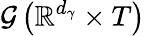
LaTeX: \mathcal{G}\left(\mathbb{R}^{d_{\gamma}}\times T\right)